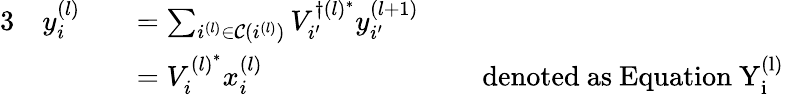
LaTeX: \begin{array}{rlrlrl}{{3}}&{y_{i}^{(l)}}&&{=\sum_{i^{(l)}\in\mathcal{C}(i^{(l)})}V_{i^{\prime}}^{\dagger(l)^{*}}y_{i^{\prime}}^{(l+1)}}&&{}\\ &{}&&{=V_{i}^{{(l)}^{*}}x_{i}^{(l)}}&&{\mathrm{~denoted~as~Equation~\mathrm{Y}_{i}^{(l)}~}}\end{array}